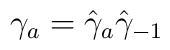
\gamma_a = \hat\gamma_a \hat\gamma_{-1}